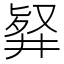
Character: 𠭢